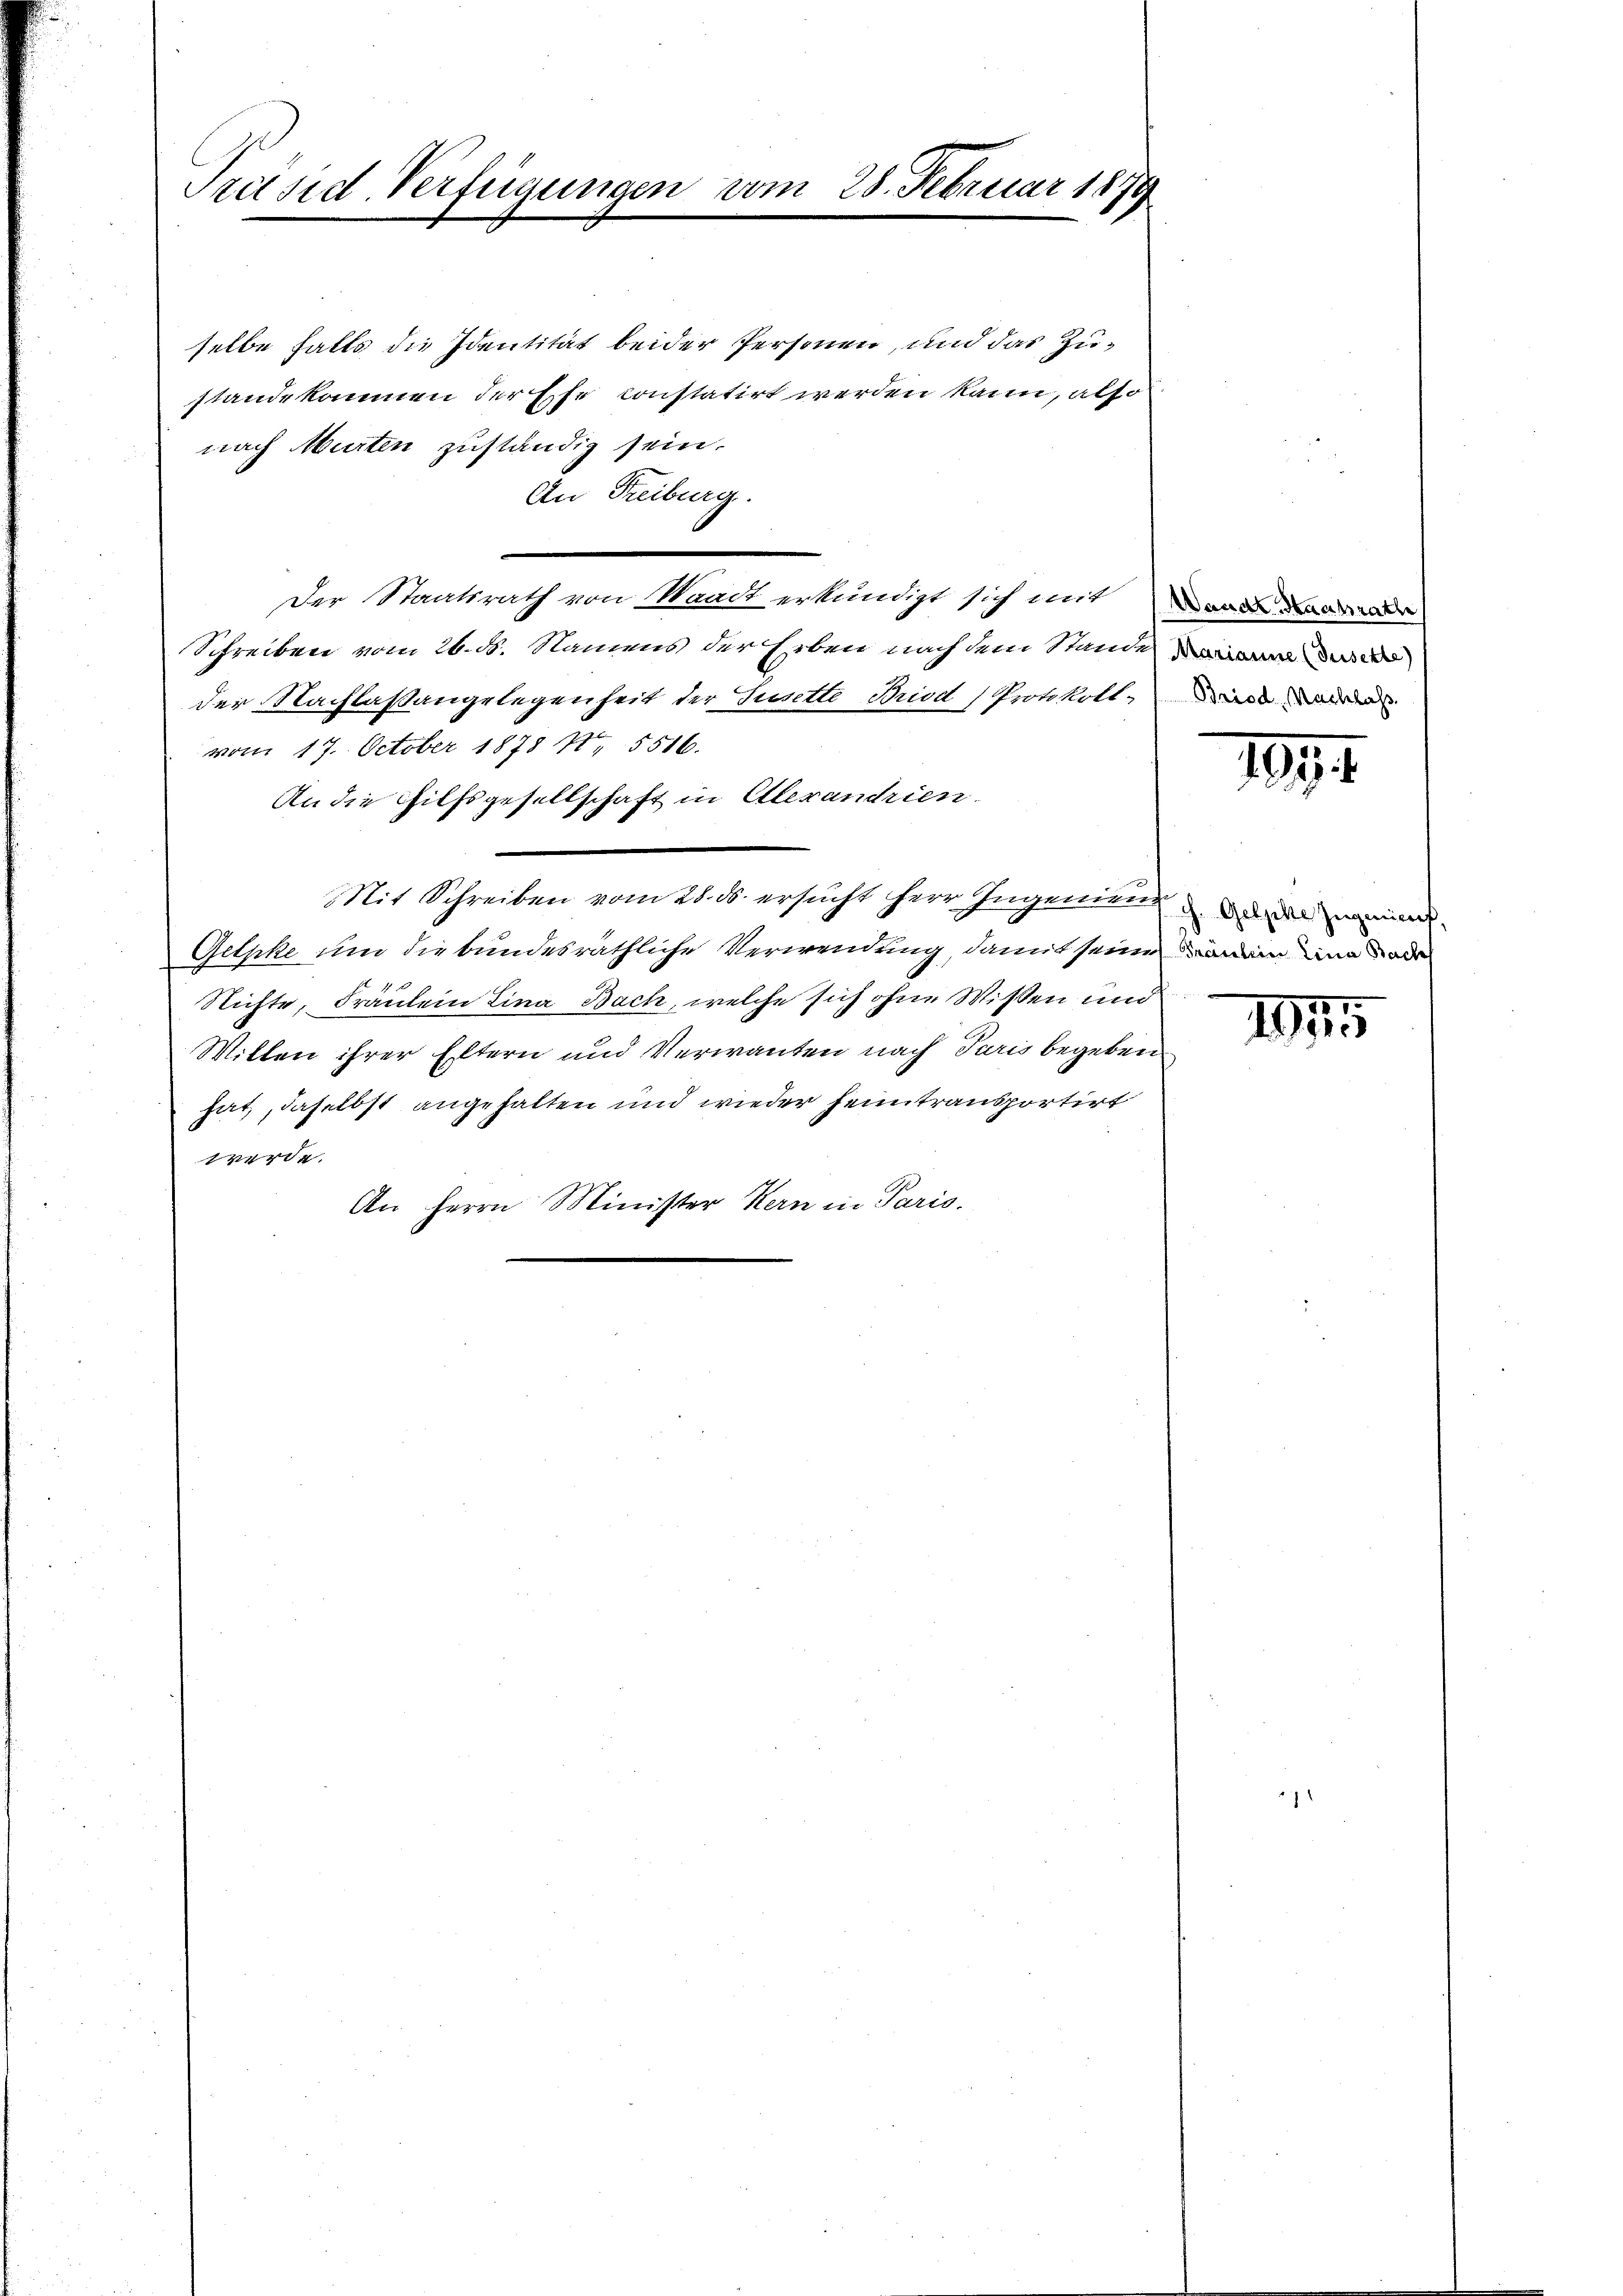
Präsid. Verfügungen vom 28. Februar 1879

selbe halts die Identität beider Personen, und das Zustandekommen der Ehe constatirt werden kann, also
nach Murten zuständig sein.
An Freiburg.
Der Staatsrath von Waadt erkundigt sich mit an da
Schreiben vom 26. ds. Namens der Erben nach dem Stande
der Nachlaßangelegenheit der Jurette Bried (Protokoll-
vom 17. October 1878 4. 5516.
An die Hilfsgesellschaft in Alexandrien.
Mit Schreiben vom 28. ds. ersucht herr Ingenien dem
Gelpke um die bundesräthliche Verwendung, damit seine ein und dar
Richte, Fräulein Lina Bach, welche sich ohne Wißen und
Willen ihrer Eltern und Verwanten nach Paris begeben
hat, daselbst angehalten und wieder heimtransportirt
werde.
An Herrn Minister Kern in Paris.

1891

1945